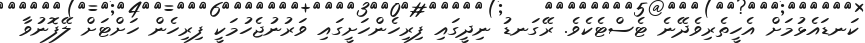
ކަނޑައެޅުމަށް އެހީތެރިވެދޭނެ ޓެސްޓެކެވެ. ރޭގަނޑު ނިދީގައި ފިރިހެންހަށީގައި ވަރުނުޖެހުމަކީ ފިރިހެން ހަށްޓަށް ލޭފޮނުވާ